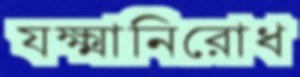
যক্ষ্মানিরোধ